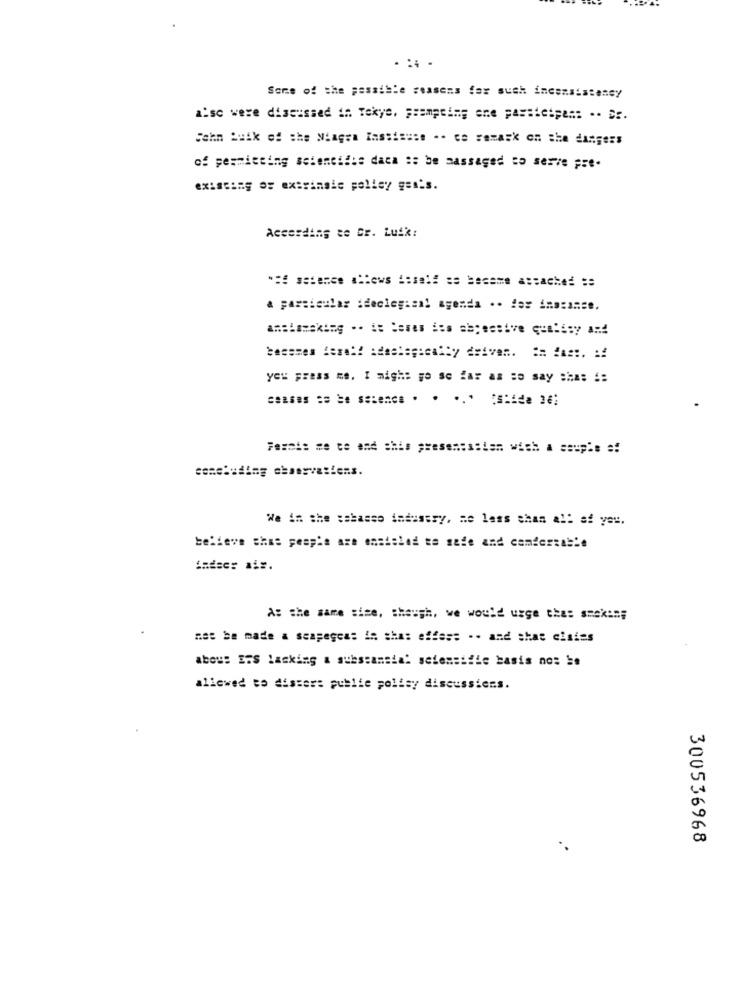
Some of the possible seasens for such inconsistency
aise were discussed in Tekye. Frampting ene participen: .. Dr.
John buik of the Ningen Iassisuse -. ce semask on the dangers
of pesmiceing scientific daca :: be massaged to serve pre-
existing or extrinsic polisy gai's.
According te Gr. Luik:
** setence ="ews == self se become attached ==
a particular :declegiaal agenda .. for instance,
you press me. I migh: go so far as so say :ha: ::
concluding chaervatiens.
We in the :abasso industry, me less than all af you.
believe this people are ensioled to safe and comfortable
A: the same sice, though, we would urge the= ======;
net be made a seagegeas in shas effess .. and shae cisims
abou: ETS lacking a substantial setensific basis no: be
allowed to dissert publie polisy discussiens.
300536968